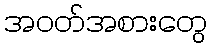
အဝတ်အစားတွေ